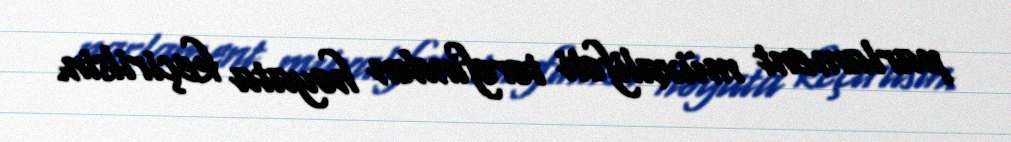
parlament müxalifəti tərəfindən həyata keçirilsin.